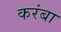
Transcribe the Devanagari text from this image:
करंबा